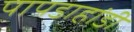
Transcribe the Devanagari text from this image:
पापडाहांडी